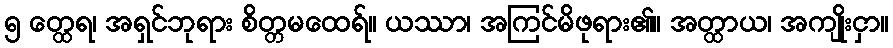
၅ တ္ထေရ၊ အရှင်ဘုရား စိတ္တမထေရ်။ ယဿာ၊ အကြင်မိဖုရား၏။ အတ္ထာယ၊ အကျိုးငှာ။